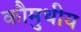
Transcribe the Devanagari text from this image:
कौमुथीय